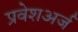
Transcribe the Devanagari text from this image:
प्रवेशअर्ज